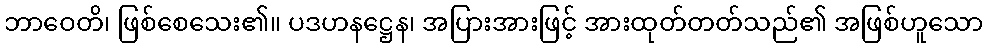
ဘာဝေတိ၊ ဖြစ်စေသေး၏။ ပဒဟနဋ္ဌေန၊ အပြားအားဖြင့် အားထုတ်တတ်သည်၏ အဖြစ်ဟူသော